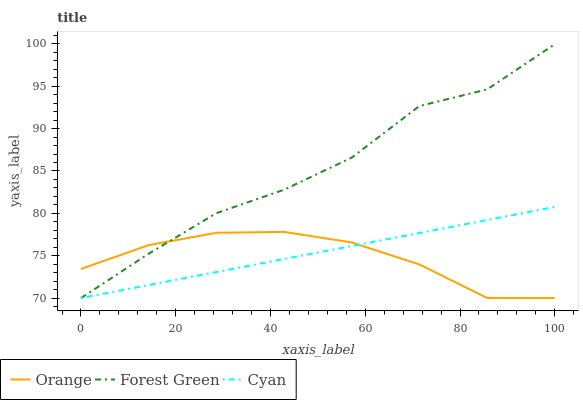
| xaxis_label | Orange | Forest Green | Cyan |
 | --- | --- | --- | --- |
 | 0 | 73.4 | 70 | 70 |
 | 14.3 | 76.2 | 75.2 | 71.5 |
 | 28.6 | 77.7 | 80 | 73.1 |
 | 42.9 | 77.8 | 82.8 | 74.6 |
 | 57.1 | 76.6 | 86.6 | 76.1 |
 | 71.4 | 74 | 92.7 | 77.7 |
 | 85.7 | 70 | 94.6 | 79.2 |
 | 100 | 70 | 100 | 80.7 |